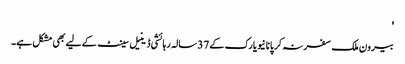
'
بیرون ملک سفر نہ کر پانا نیویارک کے 37 سالہ رہائشی ڈینیل سینٹ کے لیے بھی مشکل ہے۔